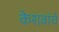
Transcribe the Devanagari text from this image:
केशवांचे